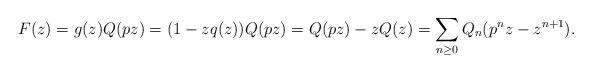
LaTeX: \begin{align*}F(z) = g(z) Q(pz) = (1-zq(z)) Q(pz) = Q(pz) - z Q(z) = \sum_{n\ge 0} Q_n(p^n z - z^{n+1}).\end{align*}